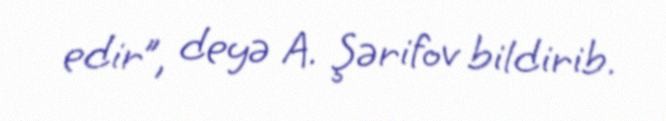
edir”, deyə A. Şərifov bildirib.